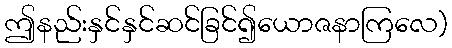
ဤနည်းနှင်နှင်ဆင်ခြင်၍ယောဇနာကြလေ)